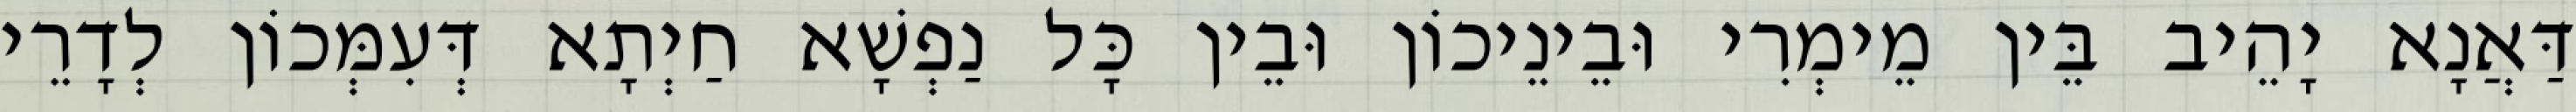
דַּאֲנָא יָהֵיב בֵּין מֵימְרִי וּבֵינֵיכוֹן וּבֵין כָּל נַפְשָׁא חַיְתָא דְּעִמְּכוֹן לְדָרֵי